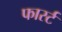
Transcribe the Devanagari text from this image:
फार्स्ट